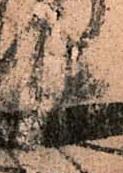
長